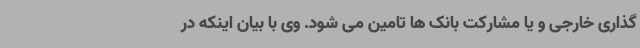
گذاری خارجی و یا مشارکت بانک ها تامین می شود. وی با بیان اینکه در